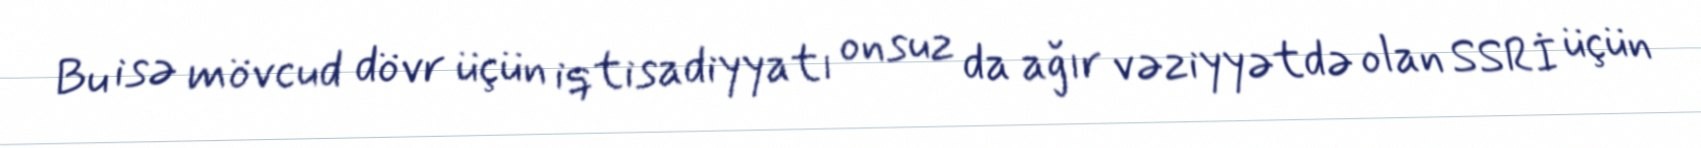
Bu isə mövcud dövr üçün iqtisadiyyatı onsuz da ağır vəziyyətdə olan SSRİ üçün